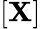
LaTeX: [\mathbf{X}]